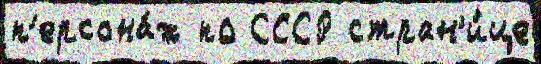
п'ерсона́ж по СССР стран'и́це